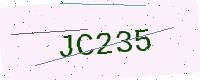
Text: JC235